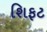
શિફટ